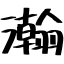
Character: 瀚